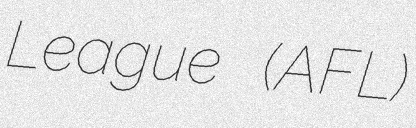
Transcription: League (AFL)